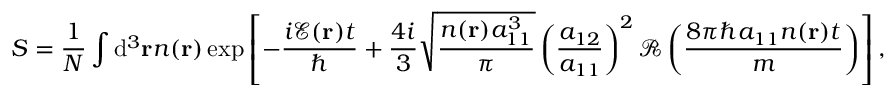
S = \frac { 1 } { N } \int \mathrm { d } ^ { 3 } \mathbf { r } n ( \mathbf { r } ) \exp \left[ - \frac { i \mathcal { E } ( \mathbf { r } ) t } { \hbar } + \frac { 4 i } { 3 } \sqrt { \frac { n ( \mathbf { r } ) a _ { 1 1 } ^ { 3 } } { \pi } } \left( \frac { a _ { 1 2 } } { a _ { 1 1 } } \right) ^ { 2 } \mathcal { R } \left( \frac { 8 \pi \hbar a _ { 1 1 } n ( \mathbf { r } ) t } { m } \right) \right] ,